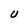
Character: U